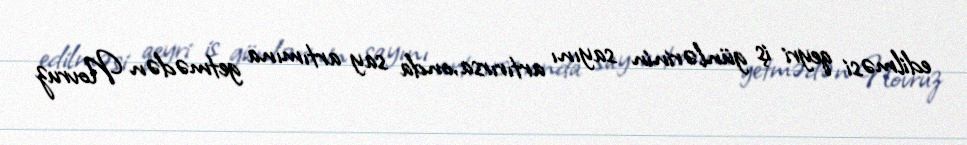
edilməsi qeyri iş günlərinin sayını artırırsa,onda say artımına getmədən Novruz